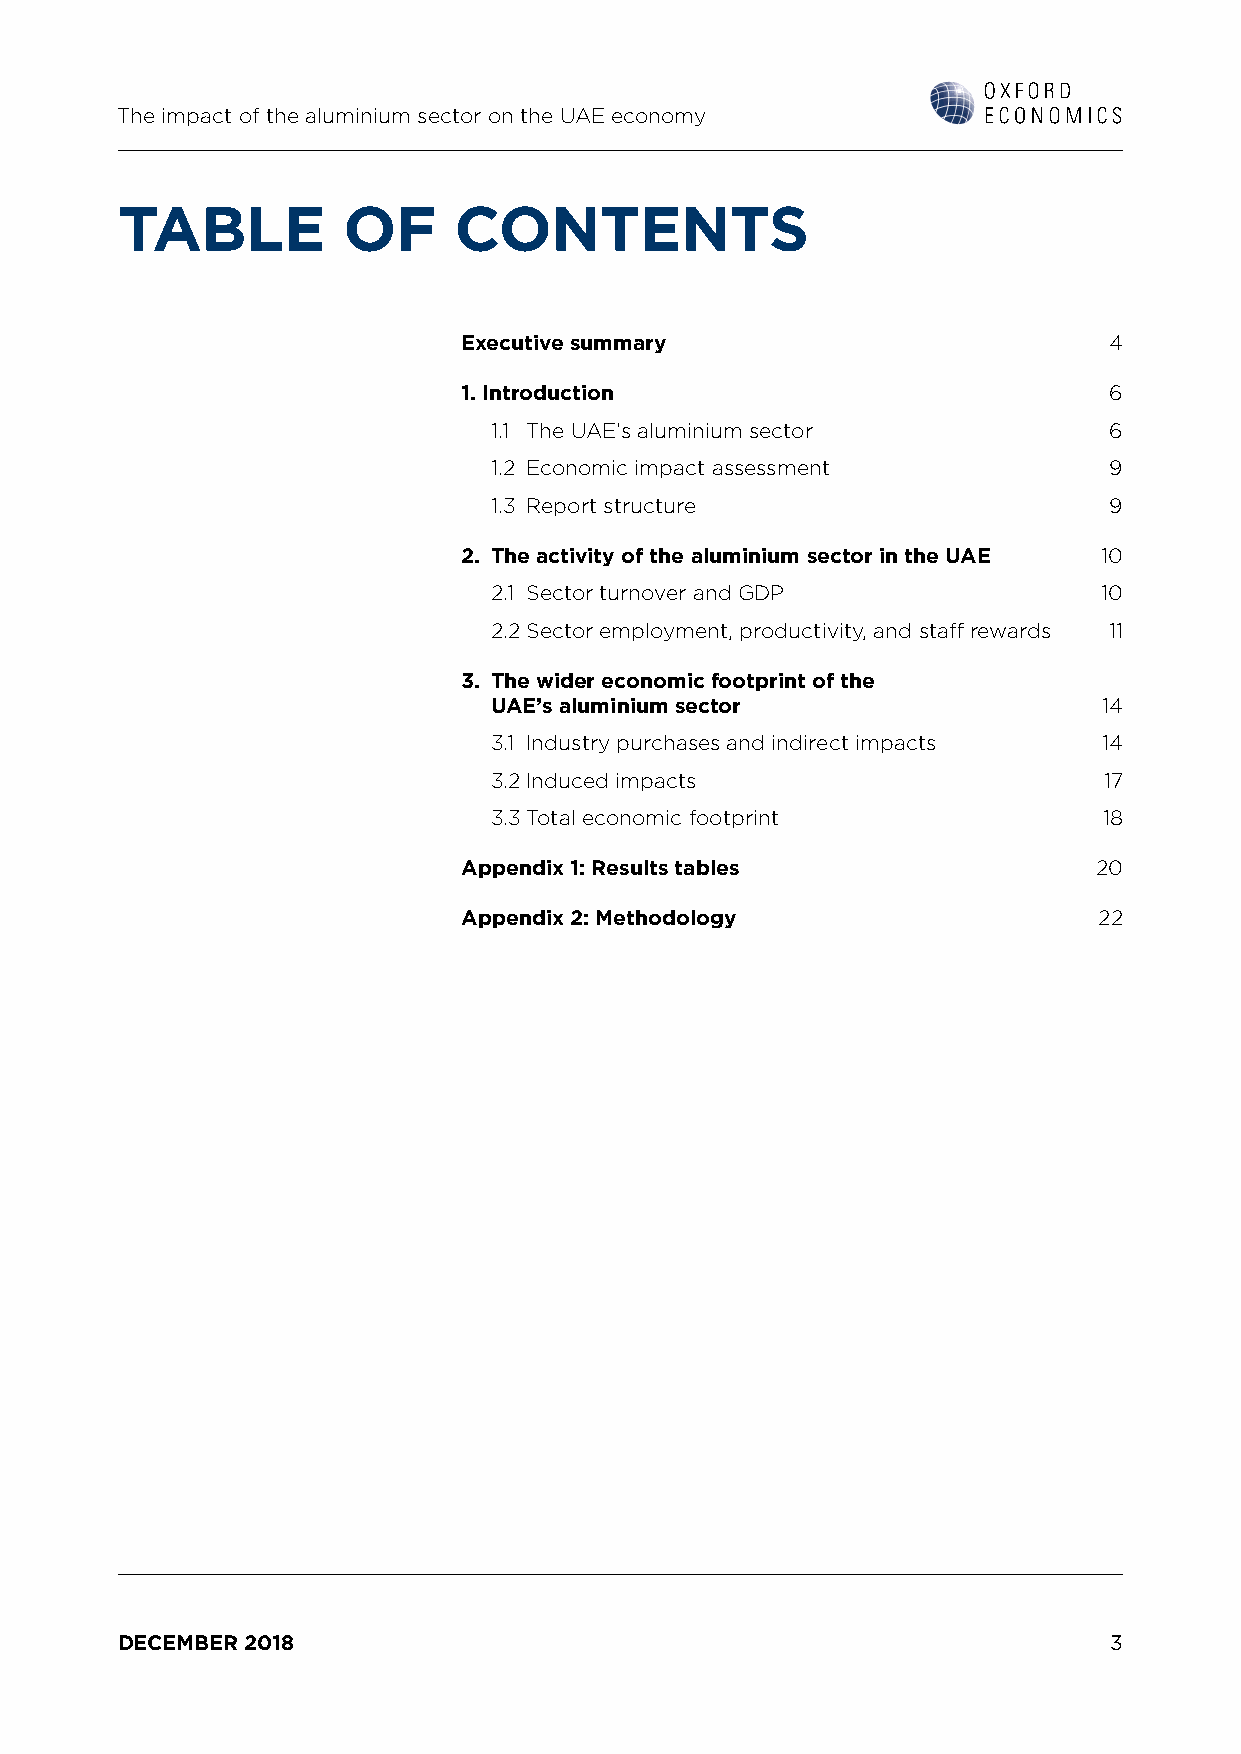
The impact of the aluminium sector on the UAE economy
 TABLE          OF     CONTENTS
 Executive summary                         4
 1. Introduction                           6
 1.1 The UAE’s aluminium sector           6
 1.2 Economic impact assessment           9
 1.3 Report structure                     9
 2. The activity of the aluminium sector in the UAE 10
 2.1 Sector turnover and GDP              10
 2.2 Sector employment, productivity, and staff rewards 11
 3. The wider economic footprint of the
 UAE’s aluminium sector                   14
 3.1 Industry purchases and indirect impacts 14
 3.2 Induced impacts                      17
 3.3 Total economic footprint             18
 Appendix 1: Results tables               20
 Appendix 2: Methodology                   22
 DECEMBER 2018                                                    3